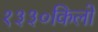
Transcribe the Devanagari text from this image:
१३३०किलो